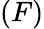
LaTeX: (F)